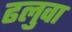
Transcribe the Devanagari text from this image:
ढलुवा